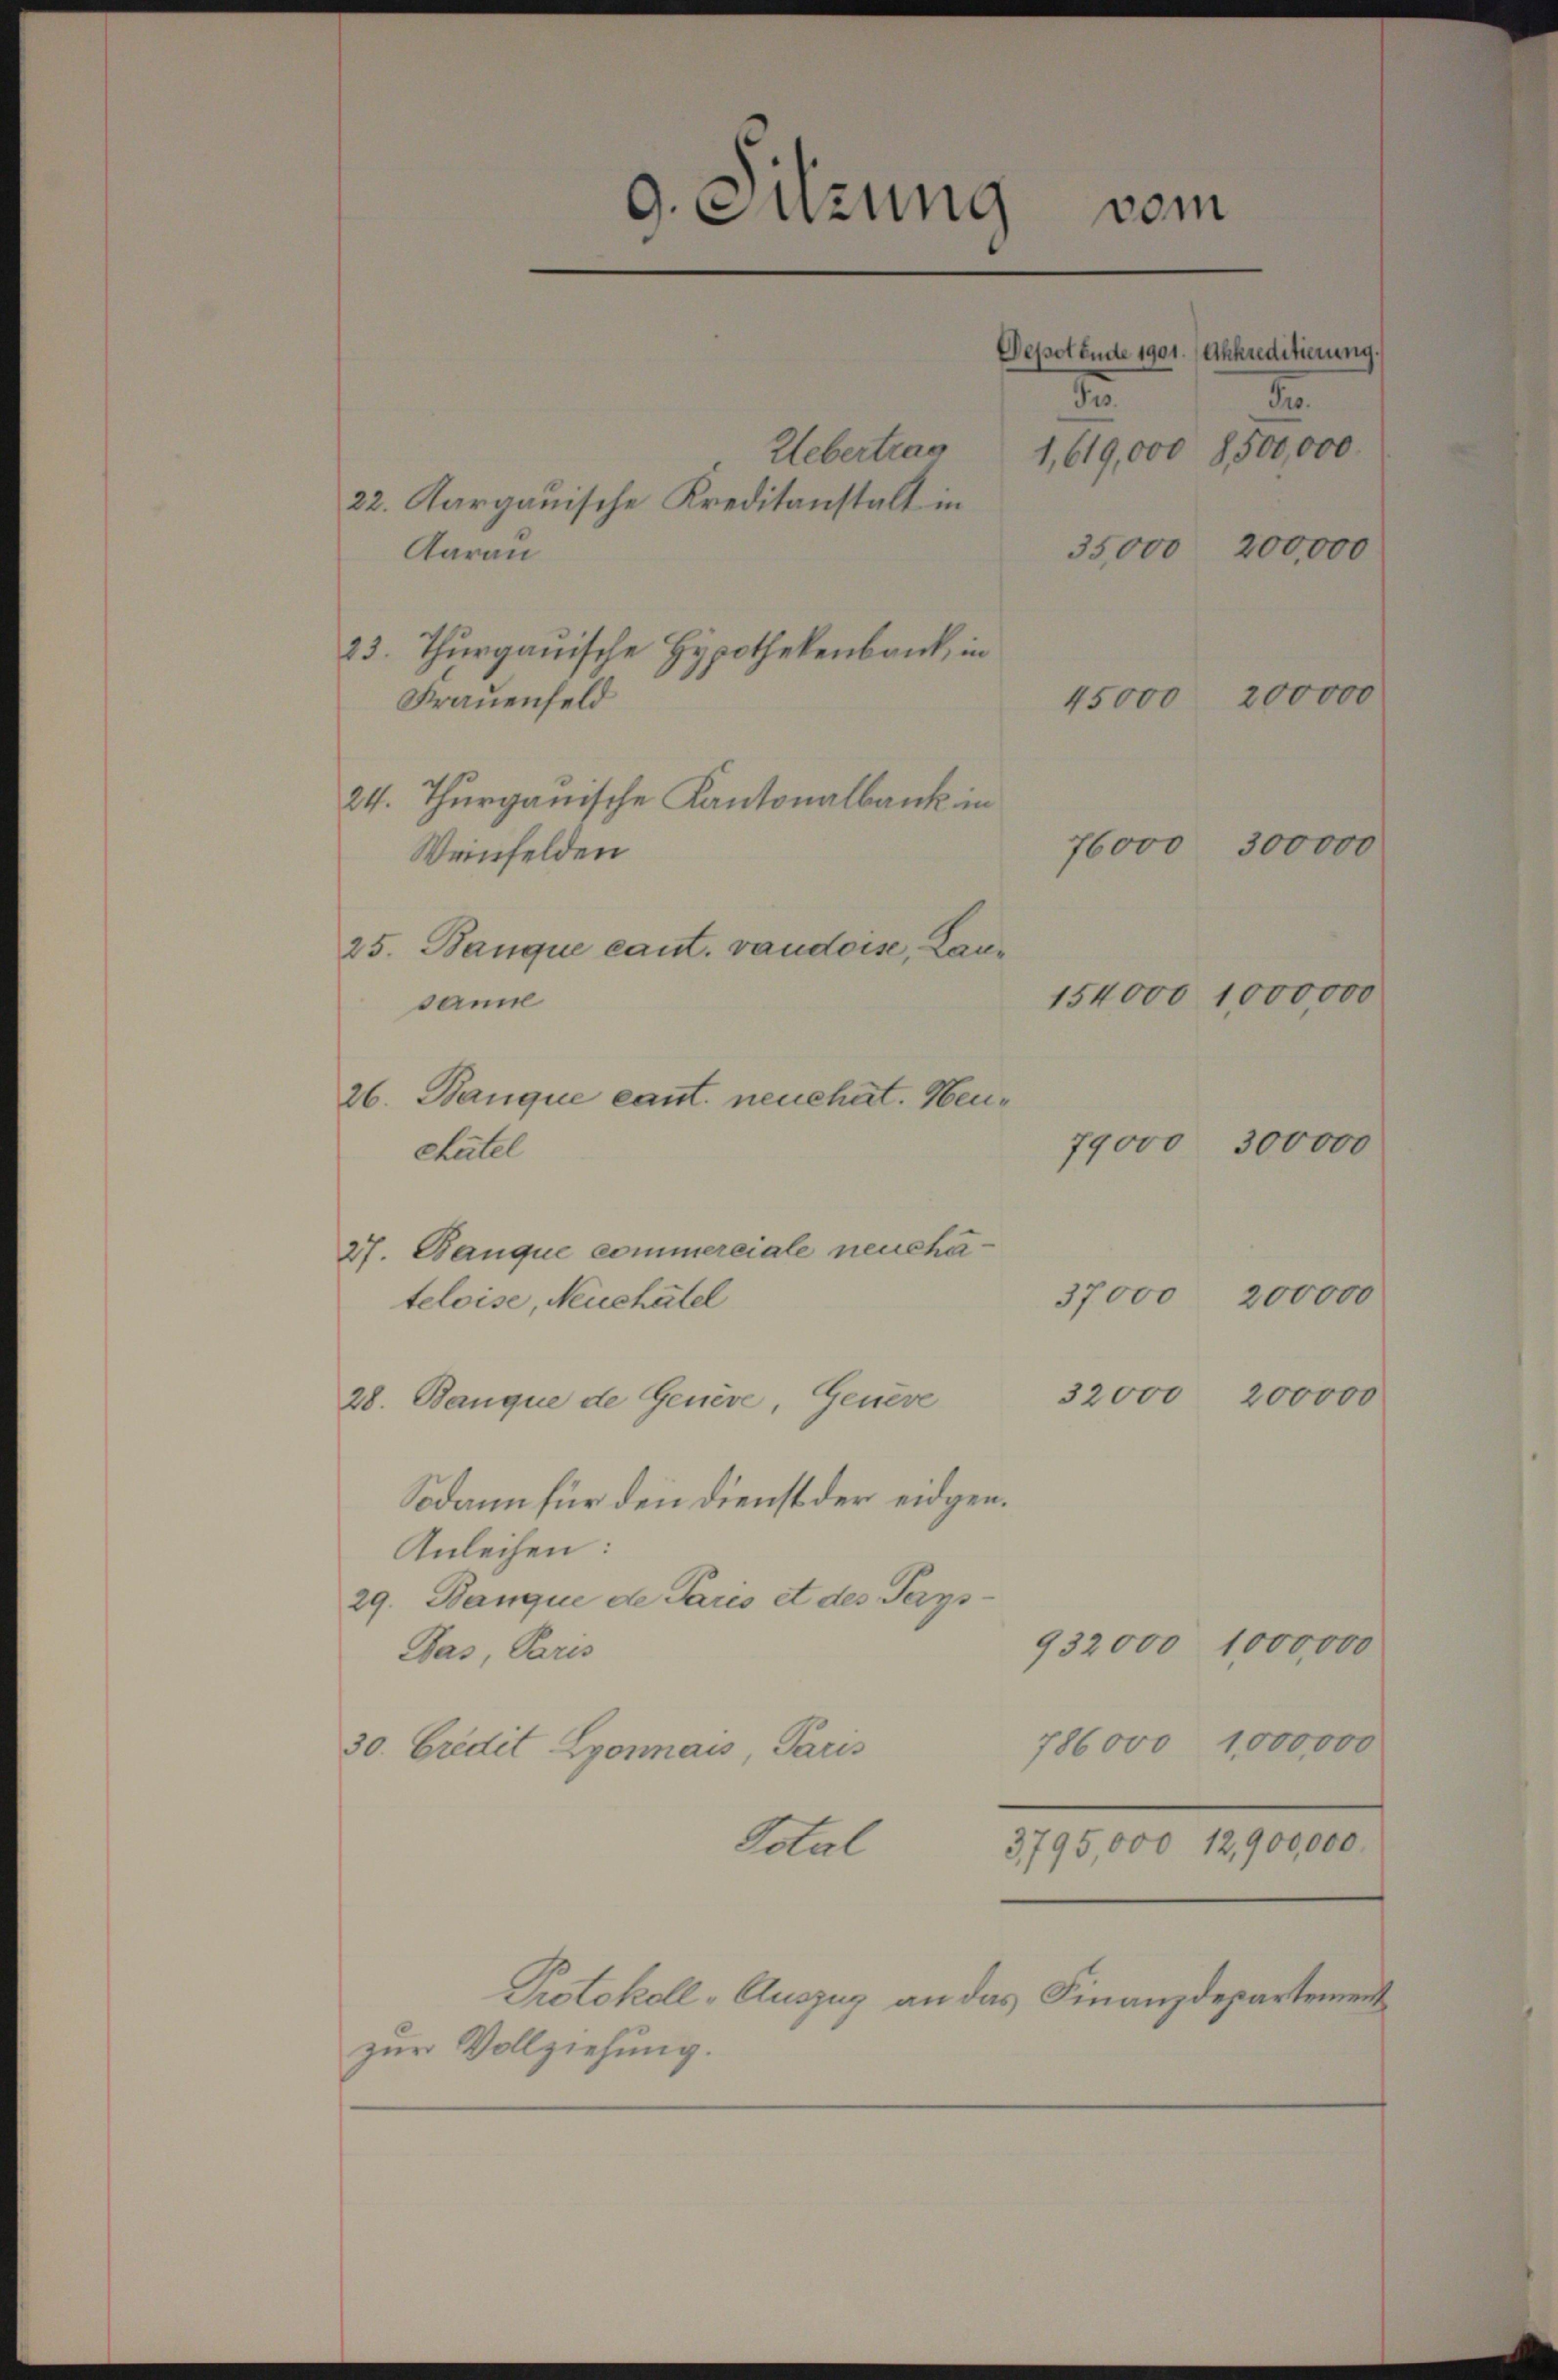
154000 1000000
26. Banque cant. neue hat. Neu¬
77000
300000
Chatel
27. Banque commerciale neucha¬

Weinfelden
25. Banque cant. vaudoise, Lansami

9. Sitzung
vom
Depotende 1901. Ahhreditierung.
1
de
Uebertrag
1,619,000 8500,000.
22. Aargauische Kreditanstalt in
200,000
35,000
Aarau
23. Thurgauische Hypothekenbank, in
200000
Frauenfeld
15000
24. Thurgauische Kantonalbank in

teloise, Neuchâtel
28. Banque de Genève, Genere
Sodann für den Dienst der eidgen.
Anleihen:
29. Banque de Paris et des Tags¬
932,000 1000,000
Das, Paris
786000 1,000,000
30. Credit Lyonnais, Paris

37000
200000
32000
200000

Total

Protokoll-Auszug an das Finanzdepartement
zur Vollziehung.

300000
76000

3795,000 12,900,000.